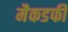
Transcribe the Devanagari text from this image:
मैकडफी